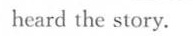
heard the story.